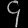
Digit: ၄